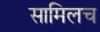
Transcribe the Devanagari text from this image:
सामिलच